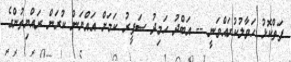
ފަތްކޮޅު ހަވާލުކުރައްވަނީ -- އަބްދު ހަމިދު ސަފީރު ކަމަށް އައްޔަން ކުރަން ރައްޔިތުންގެ